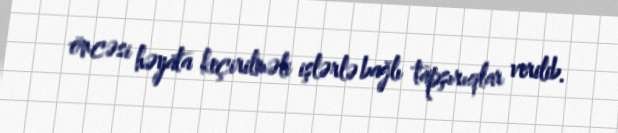
öncəsi həyata keçirilməli işlərlə bağlı tapşırıqlar verilib.